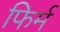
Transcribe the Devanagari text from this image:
फिर्म